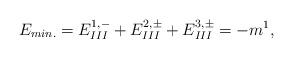
LaTeX: \begin{align*}E_{min.}=E_{III}^{1,-} + E_{III}^{2,\pm} + E_{III}^{3,\pm} = - m^1,\end{align*}